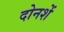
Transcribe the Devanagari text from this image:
दोनशें